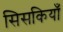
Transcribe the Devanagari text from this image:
सिसकियाँ